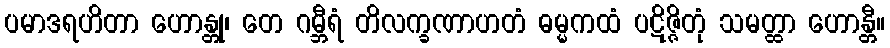
ပမာဒရဟိတာ ဟောန္တု၊ တေ ဂမ္ဘီရံ တိလက္ခဏာဟတံ ဓမ္မကထံ ပဋိဇ္ဇိတုံ သမတ္ထာ ဟောန္တီ။